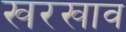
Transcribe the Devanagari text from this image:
खरखाव